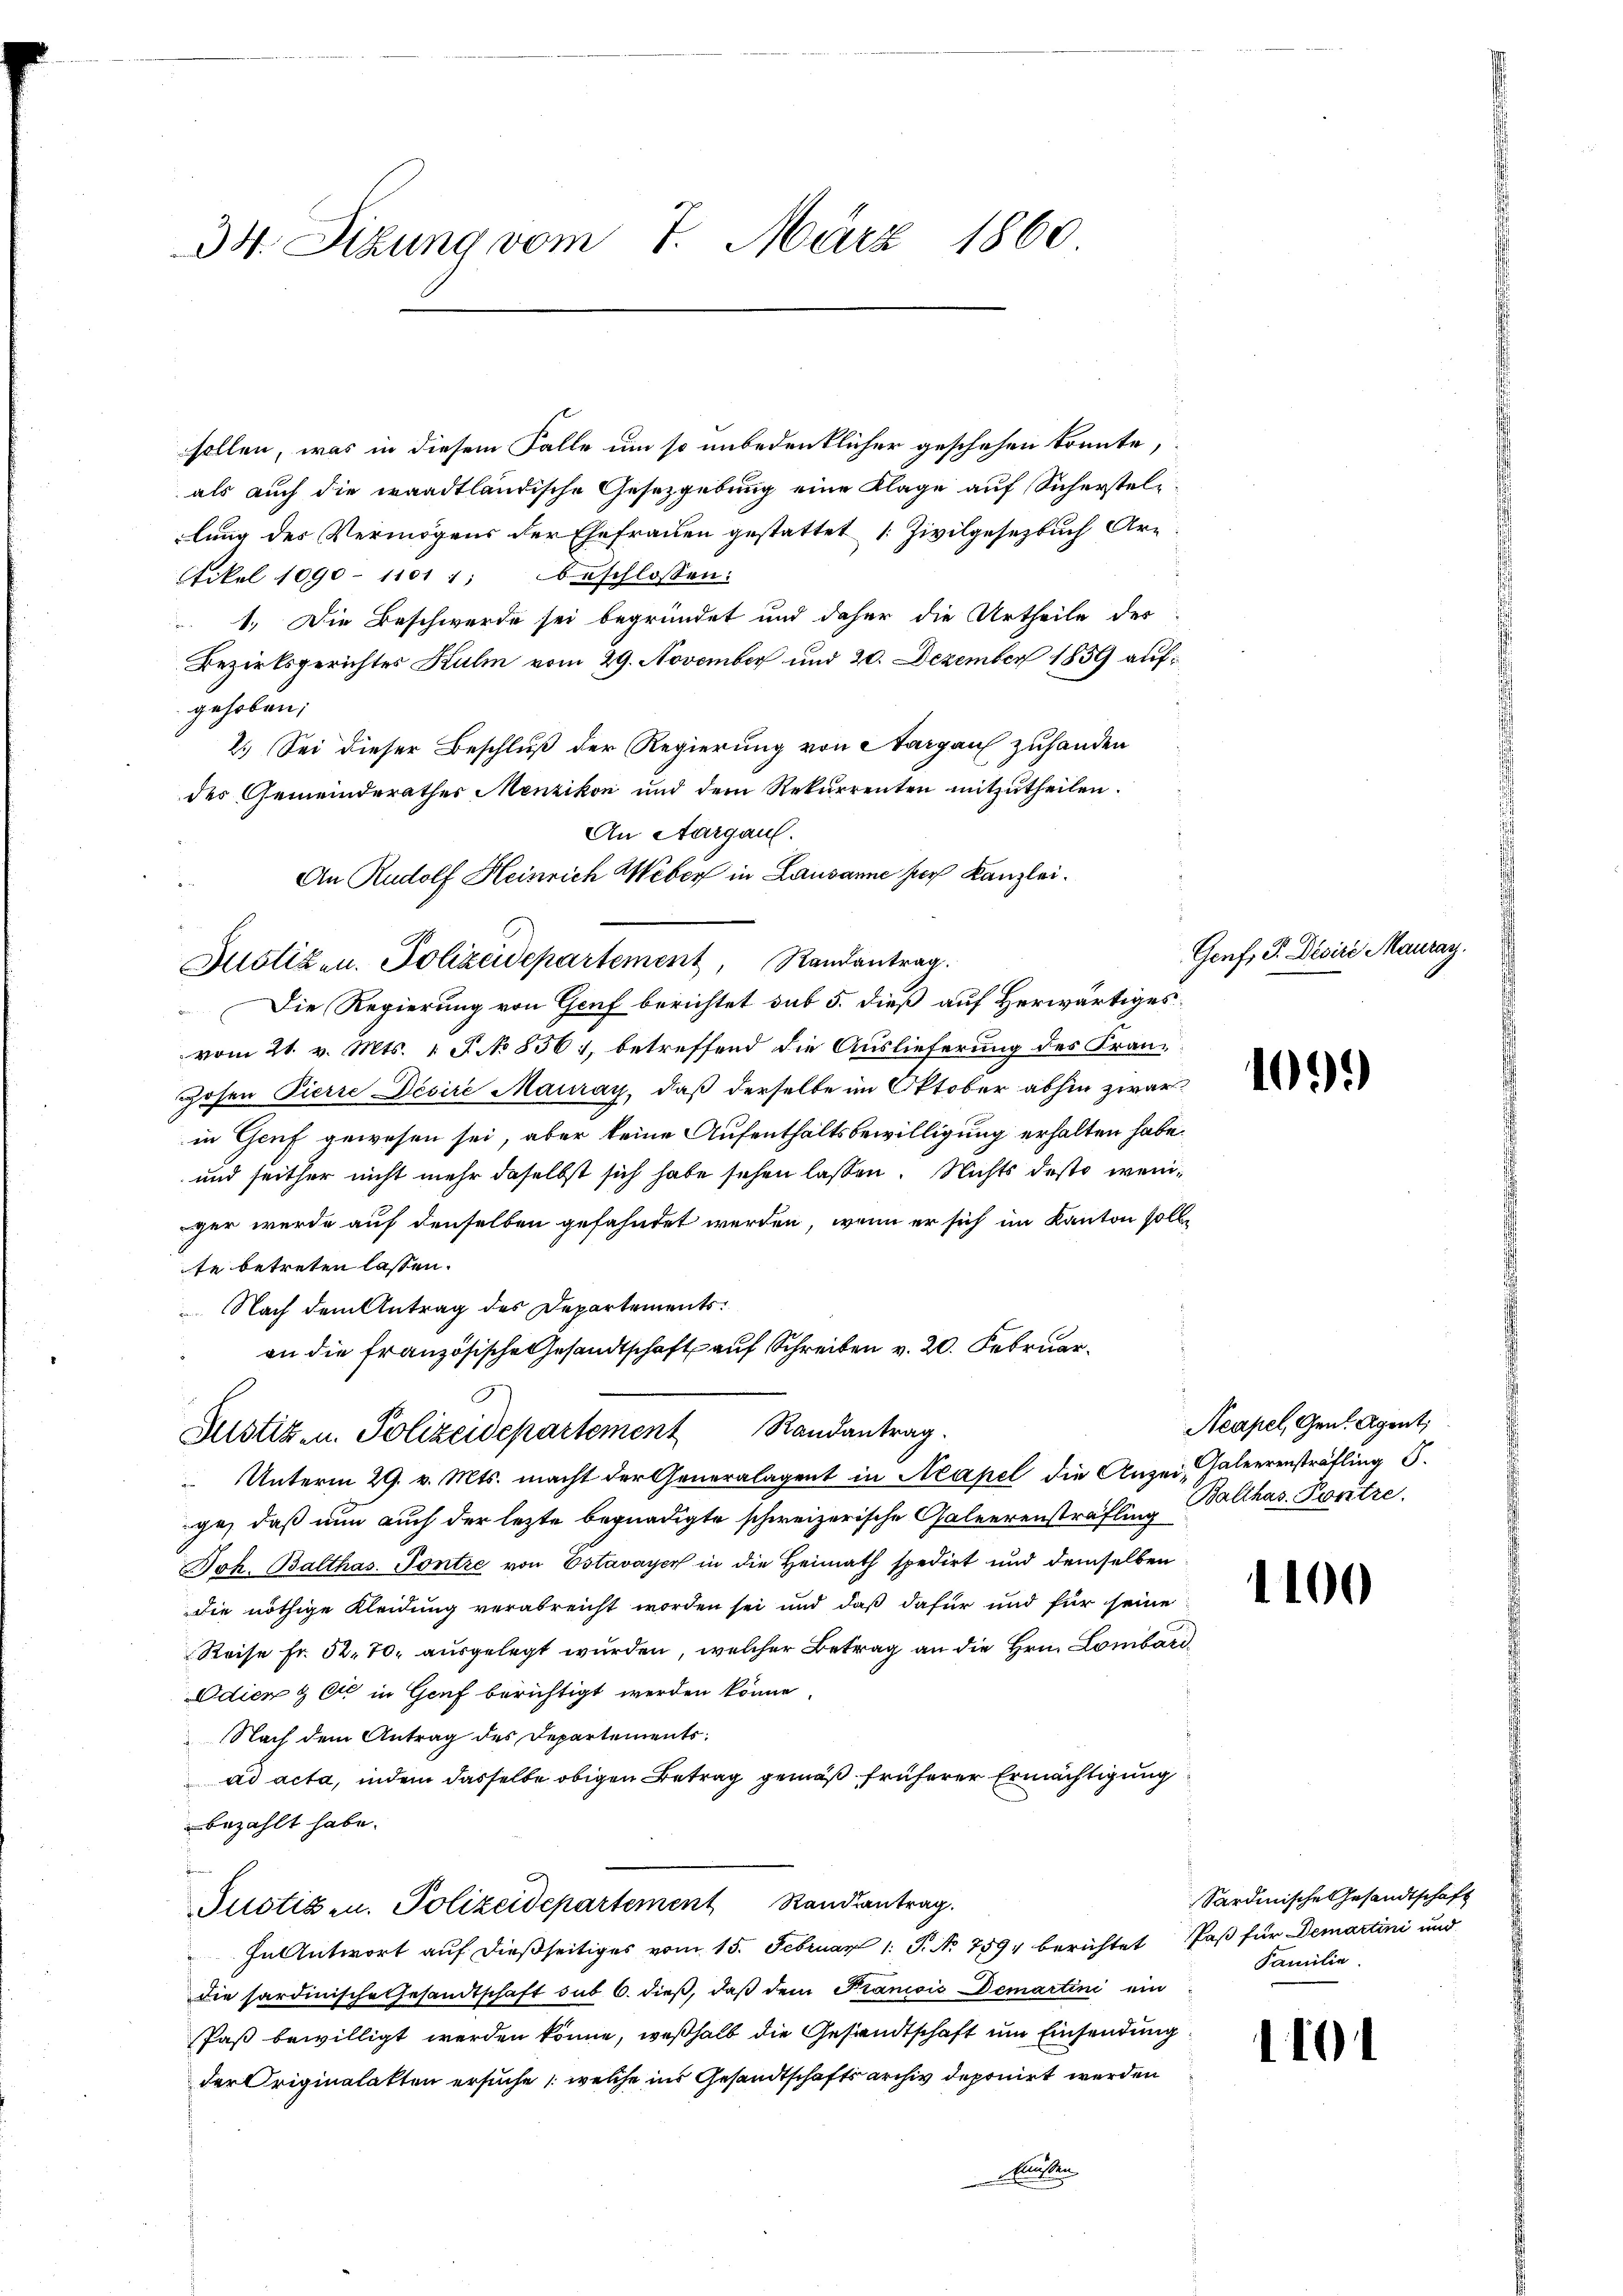
34. Sitzung vom 7. März 1860

Etikel 1090 - 11011; beschlossen:
gehoben;
An Rudolf Heinrich Weber in Lausanne hier Kanzlei.
Justiken. Polizeidepartement, Randantrag.
Die Regierung von Genf berichtet sub 5. dieß auf Herwärtiges
vom 21. v. Mts. 1. F No 8561, betreffend die Auslieferung des Fran¬
Hohen Pierre Desire Mauray, daß derselbe im Oktober abhin zwar
in Genf gewesen sei, aber keine Aufenthaltsbewilligung erhalten habe.
und seither nicht mehr daselbst sich habe sehen lassen. Nichts desto weniger werde auf denselben gefahndet werden, wenn er sich im Kanton solle
te betreten lassen.
Nach dem Antrag des Departements
an die französische Gesandtschaft auf Schreiben v. 20. Februar

Justiz- u. Polizeidepartement Randantrag.
 Unterm 29. v. Mts. macht der Generalagent in Neapel die Anzei, Galeerensträfling S.

ge, daß nun auch der lezte begnadigte schweizerische Galeerensträfling Balthas Pontze,
Boh. Balthas. Tontre von Estavayer in die Heimath spedirt und demselben
die nöthige Kleidung verabreicht worden sei und daß dafür und für seine
Reise Fr. 52. 70. ausgelegt wurden, welcher Betrag an die Hrn. Lombari¬
Odien & Ott in Genf berichtigt werden könne.
Nach dem Antrag des Departements
ad acta, indem dasselbe obigen Betrag gemäß früherer Ermächtigung
bezahlt habe.

Justiz- u. Polizeidepartement Randsantrag

sollen, was in diesem Falle um so unbedeutlicher geschehen könnte,
als auch die waadtländische Gesetzgebung eine Klage auf Sicherstellung des Vermögens der Ehefrauen gestattet (: Zivilgesezbuch Ar¬
1. Die Beschwerde sei begründet und daher die Urtheile des
Bezirksgerichtes Kulm vom 29. November und 20. Dezember 1859 auf¬
2.) Sei dieser Beschluß der Regierung von Aargau zuhanden
des Gemeinderathes Menzikon und dem Rekurrenten mitzutheilen.
An Aargau.

FnAntwort auf dießseitiges vom 15. Februar 1. P. No 759 berichtet Paß für Demartini und
die sardinische Gesandtschaft sub 6. dieß, daß dem Franisis Demartini ein
Paß bewilligt werden könne, weßhalb die Gesandtschaft um Einsendung
der Originalakten ersuche (welche ins Gesandtschaftsarchiv deponirt werden
Müssen

Genf, P. Desire Mauray.

109.

Neapel, Gent. Agent

1100

Sardinische Gesandtschaft
Familie.

1101